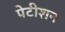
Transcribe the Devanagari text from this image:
पेटीशन